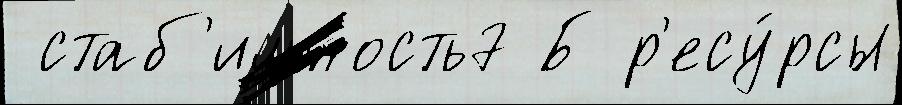
 стаб'ильность7 Б р'есу́рсы